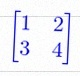
\begin{bmatrix}1&2\\3&4\end{bmatrix}